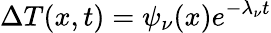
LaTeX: \Delta{T}(x,t)=\psi_{\nu}(x)e^{-\lambda_{\nu}t}